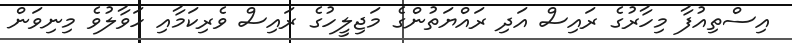
އިސްތިއުފާ މިހާރުގެ ރައިސް އަދި ރައްޔަތުންގެ މަޖިލީހުގެ ރައިސް ވެރިކަމާއި ހަވާލުވެ މިނިވަން